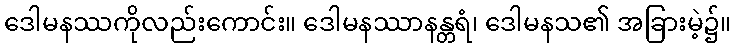
ဒေါမနဿကိုလည်းကောင်း။ ဒေါမနဿာနန္တရံ၊ ဒေါမနသ၏ အခြားမဲ့၌။